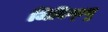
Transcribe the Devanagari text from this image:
जिबिग्न्यु